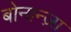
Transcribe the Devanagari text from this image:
बोनान्ज़ा